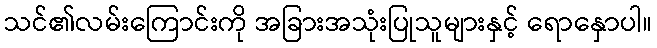
သင်၏လမ်းကြောင်းကို အခြားအသုံးပြုသူများနှင့် ရောနှောပါ။